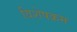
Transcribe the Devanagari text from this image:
विशेषक्रम